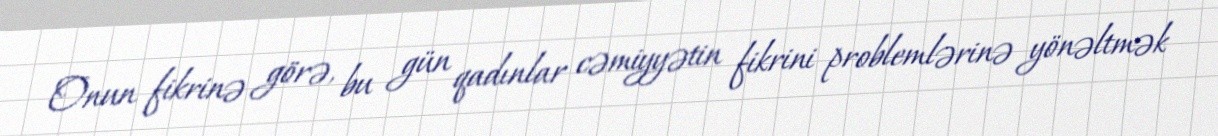
Onun fikrinə görə, bu gün qadınlar cəmiyyətin fikrini problemlərinə yönəltmək